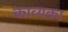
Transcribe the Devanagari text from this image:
काव्यका